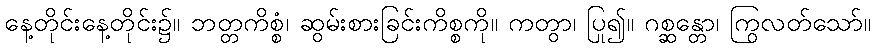
နေ့တိုင်းနေ့တိုင်း၌။ ဘတ္တကိစ္စံ၊ ဆွမ်းစားခြင်းကိစ္စကို။ ကတွာ၊ ပြု၍။ ဂစ္ဆန္တော၊ ကြွလတ်သော်။